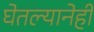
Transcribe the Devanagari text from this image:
घेतल्यानेही